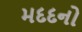
મદદનો